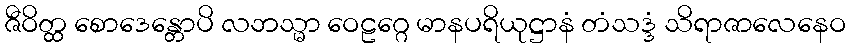
ဇီဝိတ္ထ စောဒေန္တောပိ လဘသ္မာ ဝေဠဂ္ဂေ မာနပရိယုဋ္ဌာနံ တံသဒ္ဒံ သိရာဇာလေနေဝ